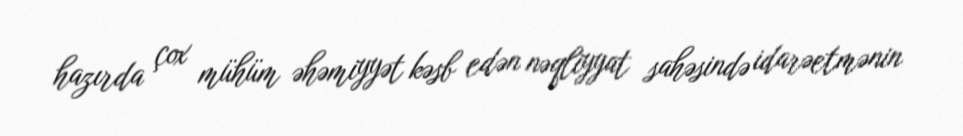
hazırda çox mühüm əhəmiyyət kəsb edən nəqliyyat sahəsində idarəetmənin